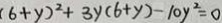
( 6 + y ) ^ { 2 } + 3 y ( 6 + y ) - 1 0 y ^ { 2 } = 0